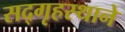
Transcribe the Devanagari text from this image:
सद्‌गृहस्थाने